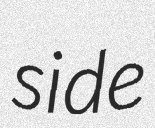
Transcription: side